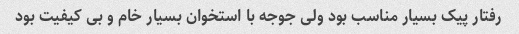
رفتار پیک بسیار مناسب بود ولی جوجه با استخوان بسیار خام و بی کیفیت بود